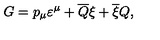
G = p _ { \mu } \varepsilon ^ { \mu } + \overline { { Q } } \xi + \overline { { \xi } } Q ,